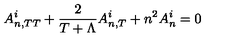
A _ { n , T T } ^ { i } + \frac { 2 } { T + \Lambda } A _ { n , T } ^ { i } + n ^ { 2 } A _ { n } ^ { i } = 0